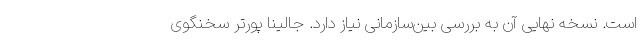
است. نسخه نهایی آن به بررسی بین‌سازمانی نیاز دارد. جالینا پورتر سخنگوی